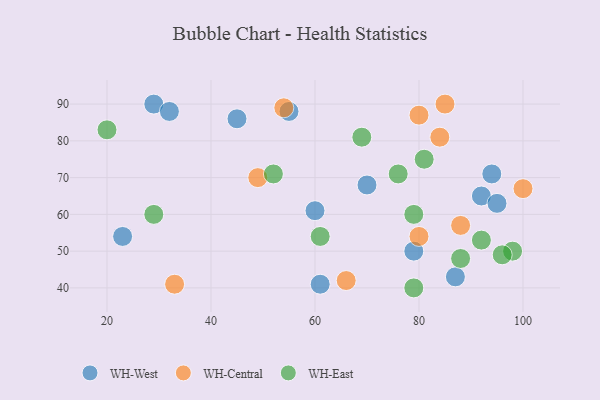
{"axis": {"x": "GDP", "y": "Life Expectancy"}, "legend": ["WH-Central", "WH-East", "WH-West"], "data": [{"x": "87", "y": 43, "type": "WH-West"}, {"x": "70", "y": 68, "type": "WH-West"}, {"x": "60", "y": 61, "type": "WH-West"}, {"x": "29", "y": 90, "type": "WH-West"}, {"x": "32", "y": 88, "type": "WH-West"}, {"x": "92", "y": 65, "type": "WH-West"}, {"x": "55", "y": 88, "type": "WH-West"}, {"x": "45", "y": 86, "type": "WH-West"}, {"x": "61", "y": 41, "type": "WH-West"}, {"x": "23", "y": 54, "type": "WH-West"}, {"x": "94", "y": 71, "type": "WH-West"}, {"x": "79", "y": 50, "type": "WH-West"}, {"x": "95", "y": 63, "type": "WH-West"}, {"x": "33", "y": 41, "type": "WH-Central"}, {"x": "49", "y": 70, "type": "WH-Central"}, {"x": "100", "y": 67, "type": "WH-Central"}, {"x": "80", "y": 87, "type": "WH-Central"}, {"x": "66", "y": 42, "type": "WH-Central"}, {"x": "85", "y": 90, "type": "WH-Central"}, {"x": "80", "y": 54, "type": "WH-Central"}, {"x": "84", "y": 81, "type": "WH-Central"}, {"x": "88", "y": 57, "type": "WH-Central"}, {"x": "54", "y": 89, "type": "WH-Central"}, {"x": "98", "y": 50, "type": "WH-East"}, {"x": "88", "y": 48, "type": "WH-East"}, {"x": "81", "y": 75, "type": "WH-East"}, {"x": "20", "y": 83, "type": "WH-East"}, {"x": "92", "y": 53, "type": "WH-East"}, {"x": "61", "y": 54, "type": "WH-East"}, {"x": "69", "y": 81, "type": "WH-East"}, {"x": "96", "y": 49, "type": "WH-East"}, {"x": "76", "y": 71, "type": "WH-East"}, {"x": "52", "y": 71, "type": "WH-East"}, {"x": "79", "y": 40, "type": "WH-East"}, {"x": "79", "y": 60, "type": "WH-East"}, {"x": "29", "y": 60, "type": "WH-East"}]}